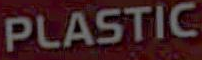
PLASTIC